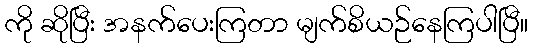
ကို ဆိုပြီး အနက်ပေးကြတာ မျက်စိယဉ်နေကြပါပြီ။